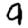
Digit: 9